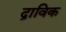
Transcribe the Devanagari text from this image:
द्राविक